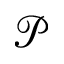
\mathscr { P }